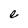
Character: e